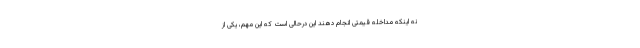
نه اینکه مداخله قیمتی انجام دهند این درحالی است که این مهم، یکی از